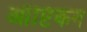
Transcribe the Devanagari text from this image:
ऑप्टिकन